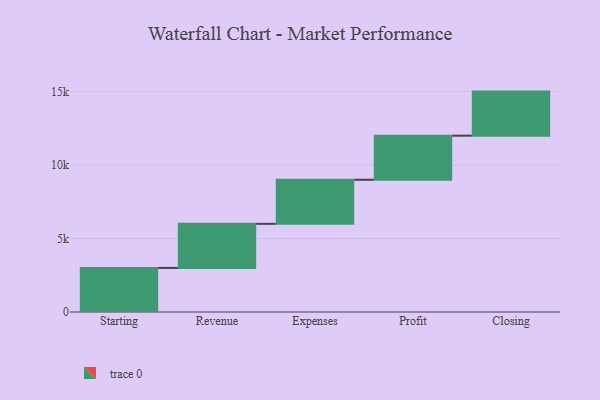
{"axis": {"x": "Step", "y": "Value"}, "legend": [""], "data": [{"x": "Starting", "y": 3000, "type": ""}, {"x": "Revenue", "y": 3000, "type": ""}, {"x": "Expenses", "y": 3000, "type": ""}, {"x": "Profit", "y": 3000, "type": ""}, {"x": "Closing", "y": 3000, "type": ""}]}